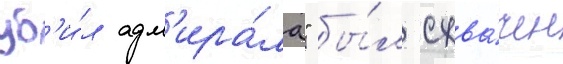
уб'и́л адм'ира́ла" бы́л схва́чен